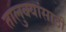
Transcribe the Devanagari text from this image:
तालुक्यांसाठी